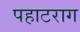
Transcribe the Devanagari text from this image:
पहाटराग